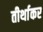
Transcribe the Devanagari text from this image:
तीर्थाकर